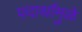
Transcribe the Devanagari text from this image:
पदार्थांमुळे